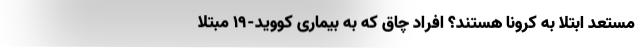
مستعد ابتلا به کرونا هستند؟ افراد چاق که به بیماری کووید-۱۹ مبتلا